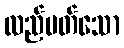
လည်ပတ်သော